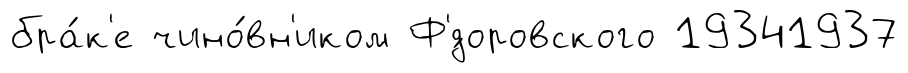
бра́к'е чино́вн'иком Ф'́доровского 19341937